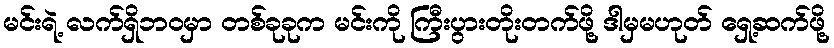
မင်းရဲ့ လက်ရှိဘ၀မှာ တစ်ခုခုက မင်းကို ကြီးပွားတိုးတက်ဖို့ ဒါမှမဟုတ် ရှေ့ဆက်ဖို့